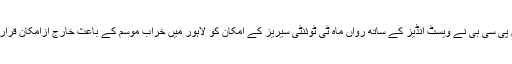
چیئرمین پی سی بی نے ویسٹ انڈیز کے ساتھ رواں ماہ ٹی ٹوئنٹی سیریز کے امکان کو لاہور میں خراب موسم کے باعث خارج ازامکان قرار دے دیا۔